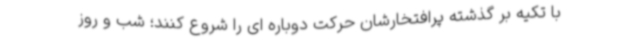
با تکیه بر گذشته پرافتخارشان حرکت دوباره ای را شروع کنند؛ شب و روز